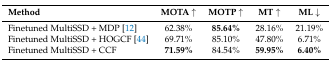
| Method | MOTA ↑ | MOTP ↑ | MT ↑ | ML ↓ |
 | --- | --- | --- | --- | --- |
 | Finetuned MultiSSD + MDP [12] | 62.38% | 85.64% | 28.16% | 21.19% |
 | Finetuned MultiSSD + HOGCF [44] | 69.71% | 85.10% | 47.80% | 6.71% |
 | Finetuned MultiSSD + CCF | 71.59% | 84.54% | 59.95% | 6.40% |